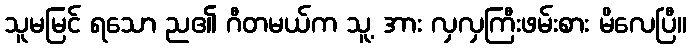
သူမမြင် ရသော ည၏ ဂီတမယ်က သူ့ အား လှလှကြီးဖမ်းစား မိလေပြီ။